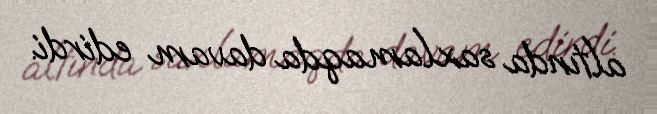
altında saxlamaqda davam edirdi.